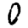
Digit: 0